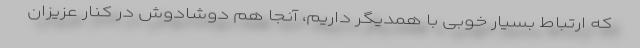
که ارتباط بسیار خوبی با همدیگر داریم، آنجا هم دوشادوش در کنار عزیزان